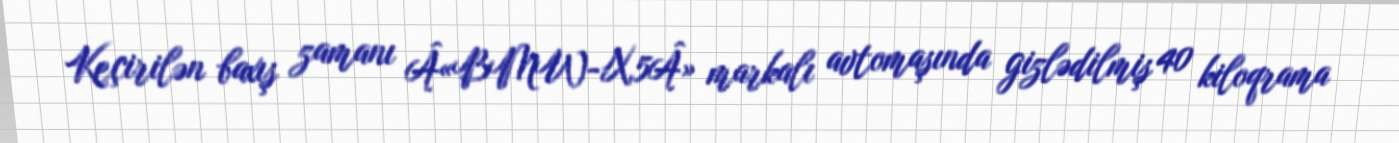
Keçirilən baxış zamanı Â«BMW-X5Â» markalı avtomaşında gizlədilmiş 40 kiloqrama